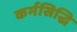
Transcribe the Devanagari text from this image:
कर्मसिद्धि